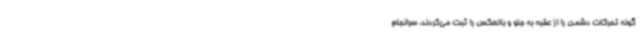
گونه تحرکات دشمن را از عقبه به جلو و بالعکس را ثبت می‌کردند. سرانجام